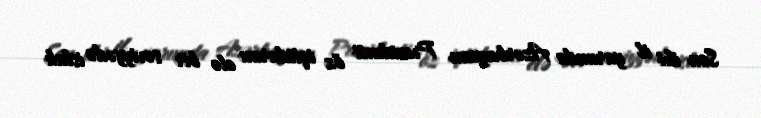
Son iki il yarımda Azərbaycan Prezidenti öz iqtidarını elə bir səviyyədə islah